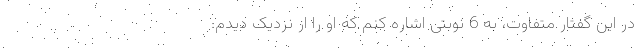
در این گفتار متفاوت، به 6 نوبتی اشاره ‌کنم که او را از نزدیک دیدم: